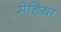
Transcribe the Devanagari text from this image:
मेड़िया